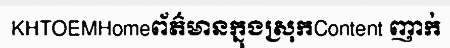
KHTOEMHomeព័ត៌មានក្នុងស្រុកContent ញាក់